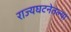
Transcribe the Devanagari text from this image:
राज्यघटनेतल्या